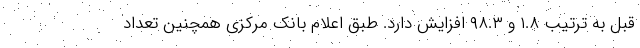
قبل به ترتیب ۱.۸ و ۹۸.۳ افزایش دارد. طبق اعلام بانک مرکزی همچنین تعداد